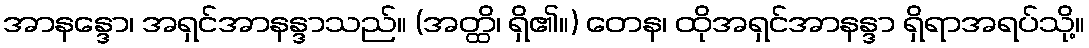
အာနန္ဒော၊ အရှင်အာနန္ဒာသည်။ (အတ္ထိ၊ ရှိ၏။) တေန၊ ထိုအရှင်အာနန္ဒာ ရှိရာအရပ်သို့။